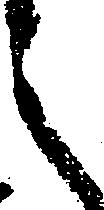
之